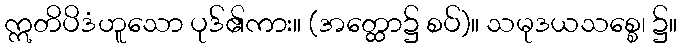
ဣတိပိဒံဟူသော ပုဒ်၏ကား။ (အတ္ထော၌ စပ်)။ သမုဒယသစ္စေ၊ ၌။